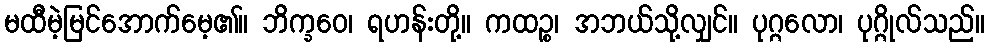
မထီမဲ့မြင်အောက်မေ့၏။ ဘိက္ခဝေ၊ ရဟန်းတို့။ ကထဉ္စ၊ အဘယ်သို့လျှင်။ ပုဂ္ဂလော၊ ပုဂ္ဂိုလ်သည်။